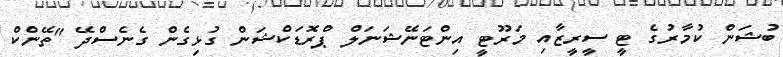
ބުޝަން ކުމާރުގެ ޓީ ސީރީޒާއި މަރޫޓީ އިންޓަނޭޝަނަލް ޕްރޮޑަކްޝަން ގުޅިގެން ގެނެސްދޭ "ތޭންކް